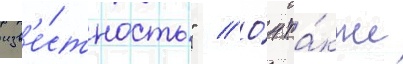
изв'е́стность" // О́н та́кже